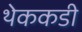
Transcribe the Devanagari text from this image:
थेककडी